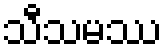
သီသမဿ